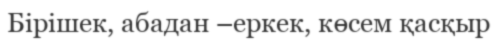
Бірішек, абадан –еркек, көсем қасқыр